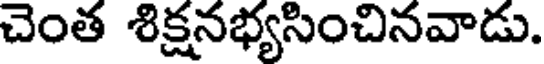
చెంత శిక్షనభ్యసించినవాడు.